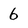
Character: 6